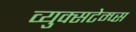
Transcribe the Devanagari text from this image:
व्युक्सटेम्प्स